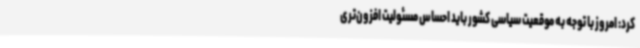
کرد: امروز با توجه به موقعیت سیاسی کشور باید احساس مسئولیت افزون‌تری